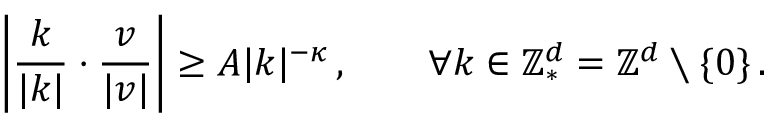
\mathopen { } \mathclose \bgroup \left| \frac { k } { | k | } \cdot \frac { v } { | v | } \aftergroup \egroup \right| \geq A | k | ^ { - \kappa } \, , \qquad \forall k \in \ensuremath { \mathbb { Z } } _ { * } ^ { d } = \ensuremath { \mathbb { Z } } ^ { d } \setminus \{ 0 \} \, .